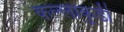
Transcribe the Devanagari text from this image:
कल्लाकुडी